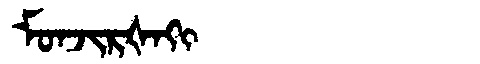
Manchu: ᠮᠣᠨᠵᡳᡵᡧᠠᡴᡳ
Romanization: MONJIRŠAKI